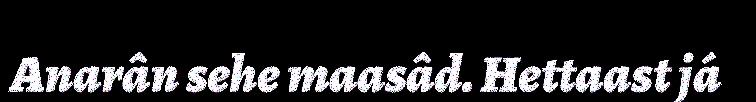
Anarân sehe maasâd. Hettaast já